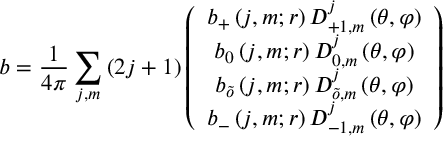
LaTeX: b = \frac { 1 } { 4 \pi } \sum _ { j , m } \left( 2 j + 1 \right) \left( \begin{array} { c } { { b _ { + } \left( j , m ; r \right) D _ { + 1 , m } ^ { j } \left( \theta , \varphi \right) } } \\ { { b _ { 0 } \left( j , m ; r \right) D _ { 0 , m } ^ { j } \left( \theta , \varphi \right) } } \\ { { b _ { \tilde { o } } \left( j , m ; r \right) D _ { \tilde { o } , m } ^ { j } \left( \theta , \varphi \right) } } \\ { { b _ { - } \left( j , m ; r \right) D _ { - 1 , m } ^ { j } \left( \theta , \varphi \right) } } \end{array} \right)